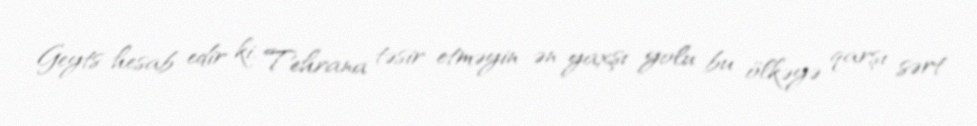
Geyts hesab edir ki, Tehrana təsir etməyin ən yaxşı yolu bu ölkəyə qarşı sərt